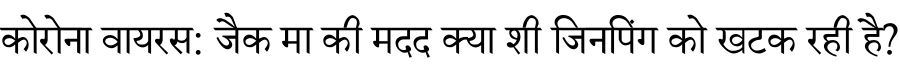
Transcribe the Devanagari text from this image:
कोरोना वायरस: जैक मा की मदद क्या शी जिनपिंग को खटक रही है?